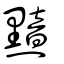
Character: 黯